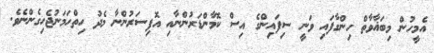
އެމީހުން މިބަޣާވާތް ހިންގާފައި ވަނީ ސިފައިންގެ އިސް ކޮމާންޑަރުންނާއި އޮފިސަރުންނާ މެދު ހިތްހަމަނުޖެހިގެންނެވެ.